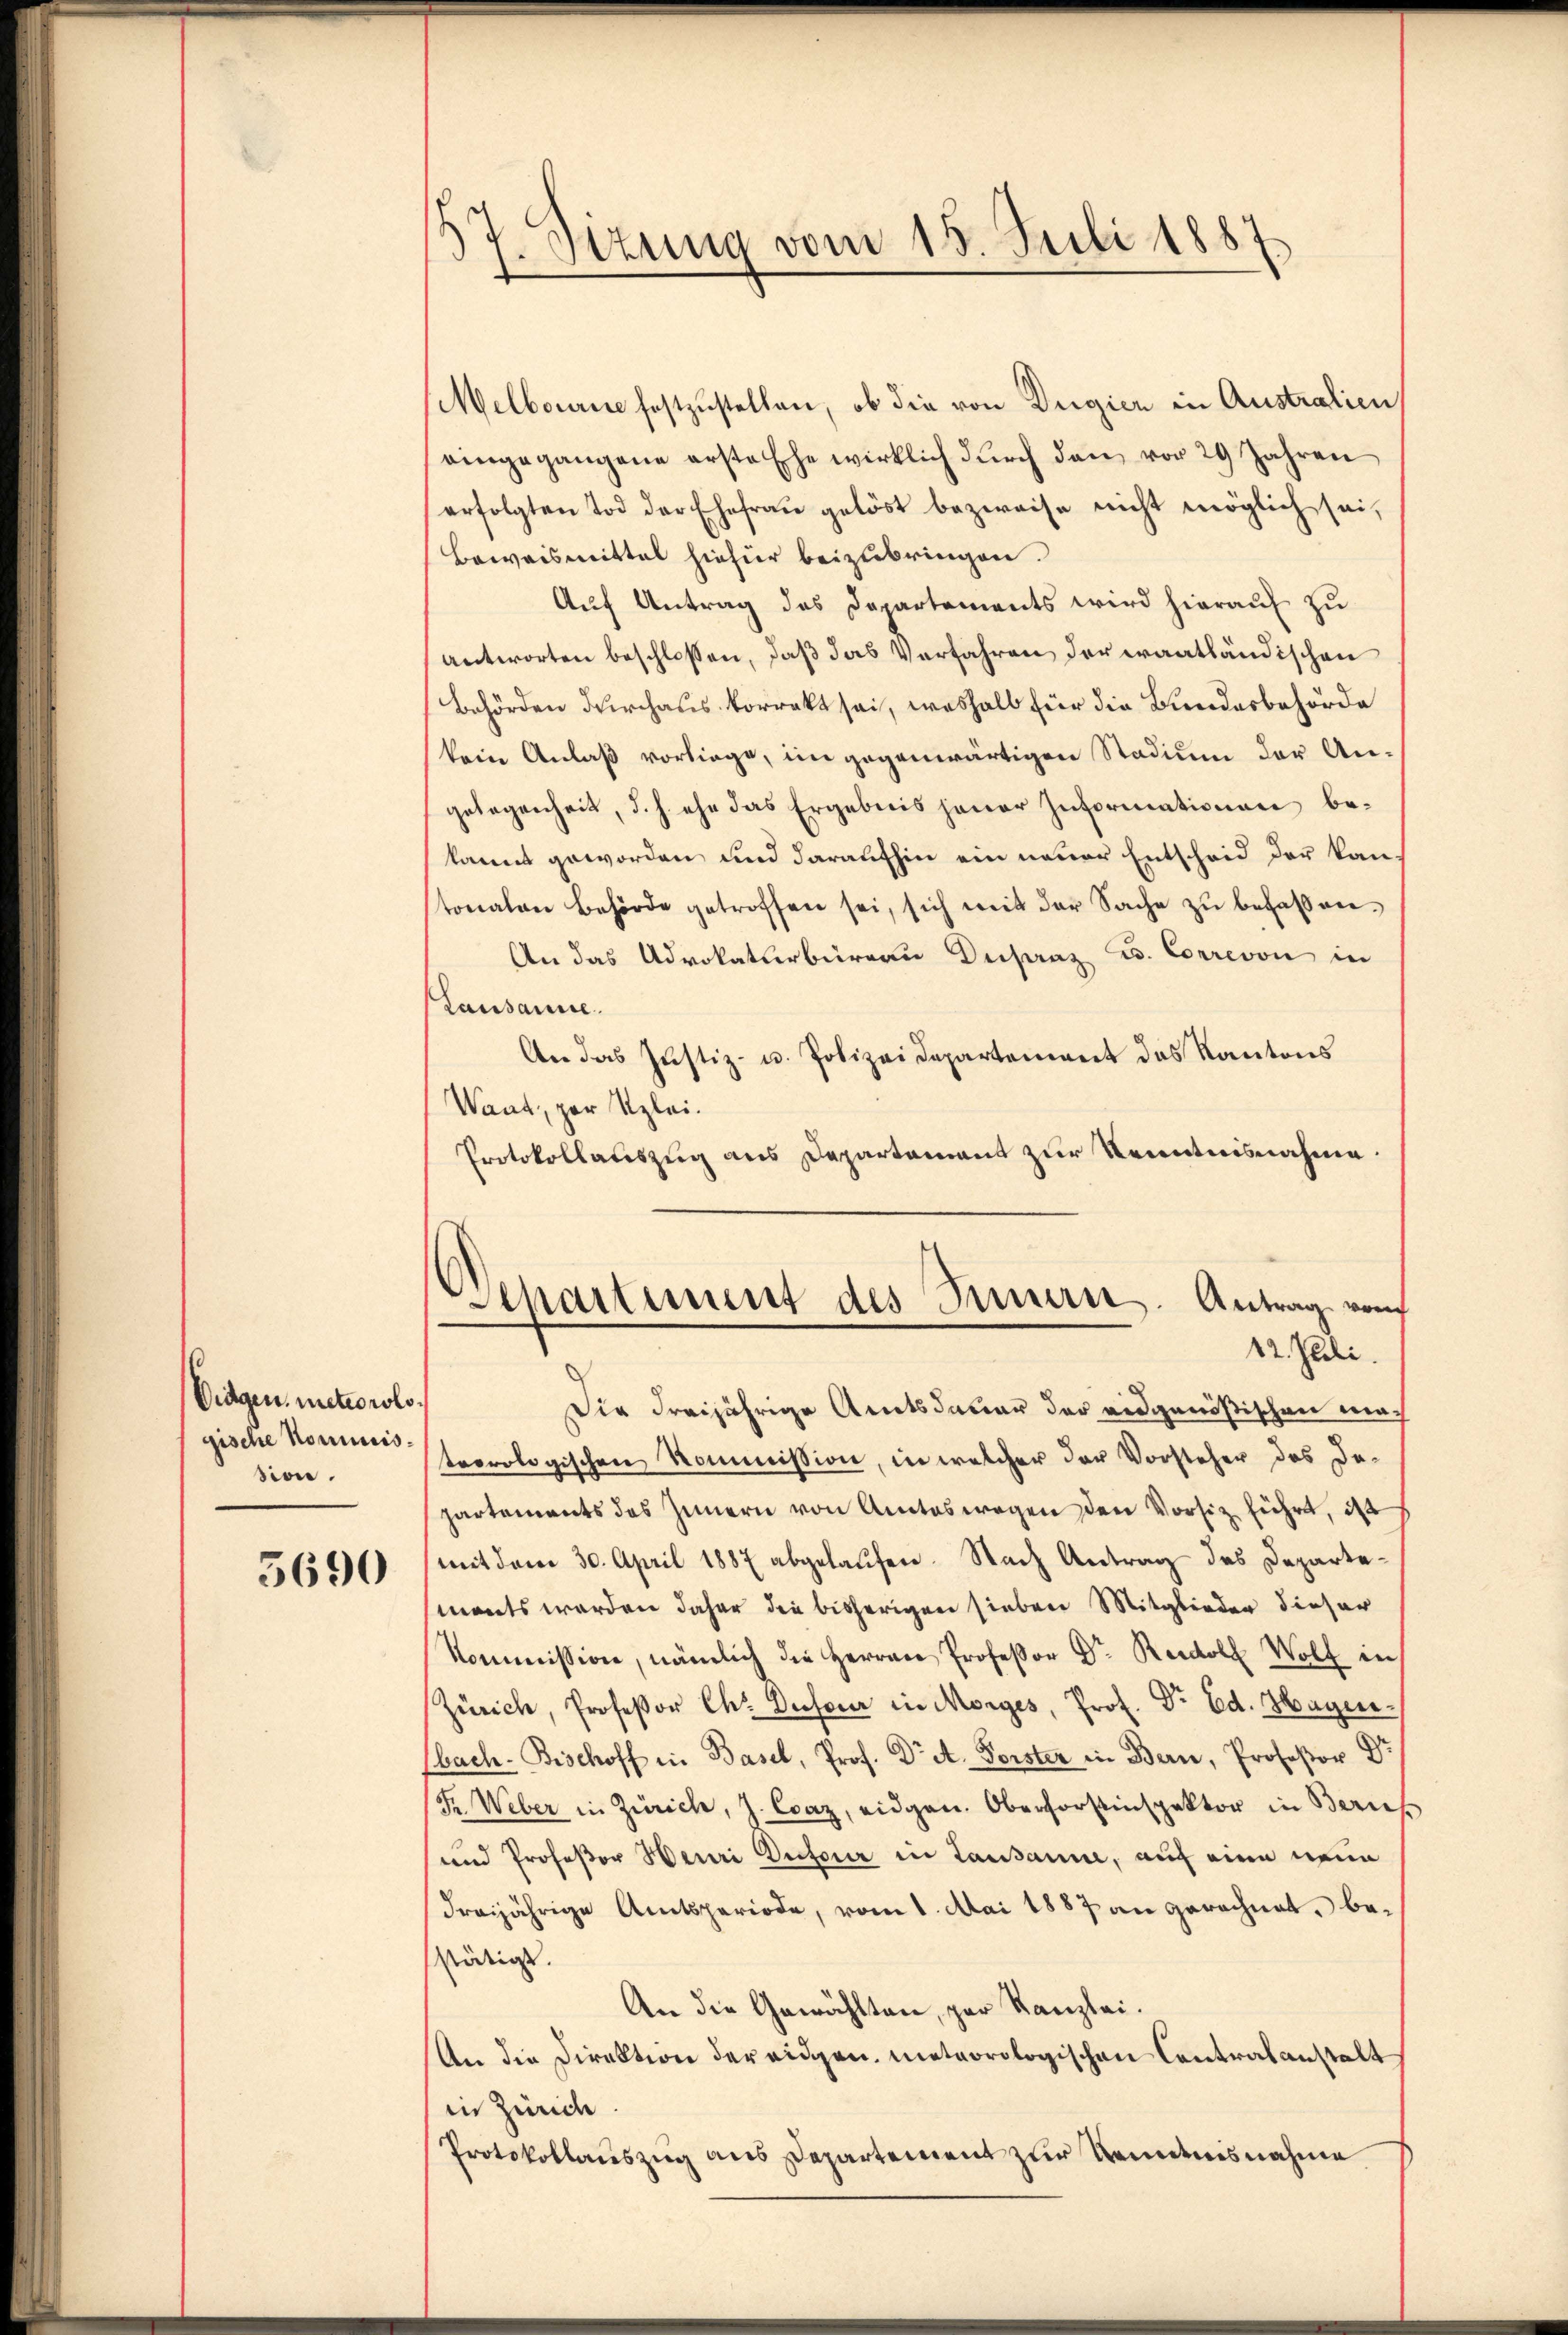
Dingen, meteorologische Nominission.

5690

37. Situng vom 15. Juli 1887

Melbourie festzustellen, ob die von Dugier in Australien
eingegangene erste Ehe wirklich dŭrch den vor 29 Jahren
erfolgten Tod der Ehefrau gelöst bezweise nicht möglich sei,
Beweismittel hiefür beizubringen.
Auf Antrag des Departements wird hierauf zu
antworten beschlossen, daß das Verfahren der waathändischen
Behörden durchaus korrekt sei, weshalb für die Bundesbehörde
kein Anlaß vorliege, im gegenwärtigen Stadium der An-
gelegenheit, d. h. ehe das Ergebnis jener Informationen bekannt geworden und daraufhin ein neuer Entscheid der kantonalen Behörde getroffen sei, sich mit der Sache zu befaßen¬
An das Advokaturbüreau Dechanz u. Correvon in
Lausanne.
An das Justiz- u. Polizeidepartement des Kantons
Want, zur Klei¬
Protokollauszug aus Departement zur Kenntnisnahme.
Departement des Innern. Antrag vom
12. Juli.
Die dreijährige Amtsdauer der eidgenößischen mac
teorologischen Kommission, in welcher der Vorsteher des De-
partements des Innern von Amteswegen den Vorsitz führt, ist
mit dem 30. April 1887 abgelaufen. Nach Antrag des Departemonts werden daher die bisherigen sieben Mitglieder dieser
Kommission, nämlich die Herrn Professor Dr. Rudolf Wolf in
Zürich, Professor Ch. Dufour in Morges, Prof. Dr. Ed. Hagerebach. Bischoff in Basel, Prof. Dr A. Forster in Bern, Professor Dr
(Fr. Weber in Zürich, J. Craz, eidgen. Oberforstinspektor in Zürich
und Profeßor Henri Dufour in Lausanne, auf eine neue
dreijährige Amtsperiode, vom 1. Mai 1887 an gerechnet, bestätigt.
An die Gewählten, par Kanzlei.
An die Direktion der eidgen. meteorologischen Contralanstalt
in Zürich
Protokollauszug aus Departement zur Kenntnisnahme